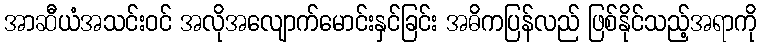
အာဆီယံအသင်းဝင် အလိုအလျောက်မောင်းနှင်ခြင်း အဓိကပြန်လည် ဖြစ်နိုင်သည့်အရာကို